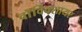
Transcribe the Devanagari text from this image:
वाॅर्विक्शायर